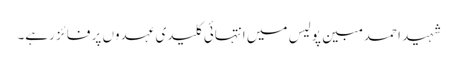
شہید احمد مبین پولیس میں انتہائی کلیدی عہدوں پر فائز رہے۔